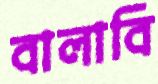
বালাবি